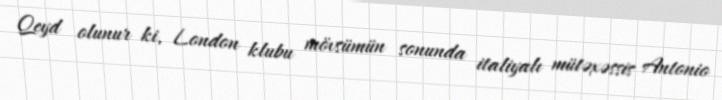
Qeyd olunur ki, London klubu mövsümün sonunda italiyalı mütəxəssis Antonio